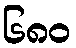
၆၈၀